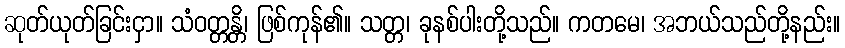
ဆုတ်ယုတ်ခြင်းငှာ။ သံဝတ္တန္တိ၊ ဖြစ်ကုန်၏။ သတ္တ၊ ခုနစ်ပါးတို့သည်။ ကတမေ၊ အဘယ်သည်တို့နည်း။